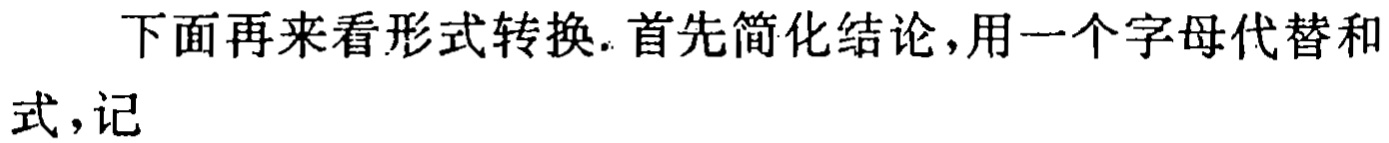
下面再来看形式转换.首先简化结论,用一个字母代替和式,记